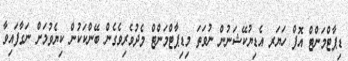
ޑިޕާޓްމަންޓް އޮފް ހަޔަރ އެޑިޔުކޭޝަނުން ނުވަތަ މިޑިޕާޓްމަންޓް މެދުވެރިވެގެން ބޭންކަކުން ކިޔެވުމަށް ނަގާފައިވާ